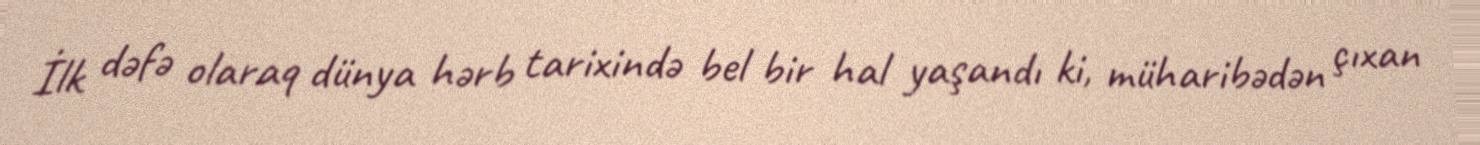
İlk dəfə olaraq dünya hərb tarixində bel bir hal yaşandı ki, müharibədən çıxan